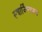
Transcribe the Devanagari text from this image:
स्च्वार्ज्स्चिल्ड